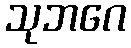
သုဘဂေ